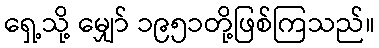
ရှေ့သို့ မျှော် ၁၉၅၁တို့ဖြစ်ကြသည်။